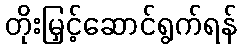
တိုးမြှင့်ဆောင်ရွက်ရန်